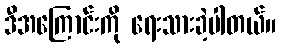
ဒီအကြောင်းကို ရေးသားခဲ့ပါတယ်။